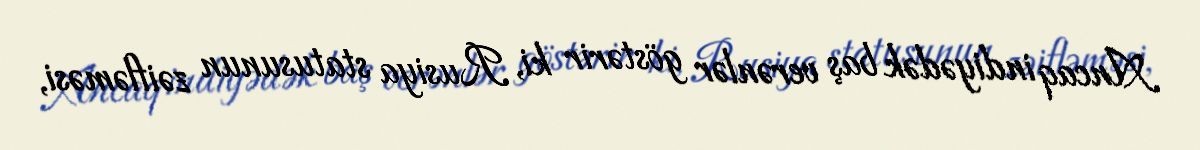
Ancaq indiyədək baş verənlər göstərir ki, Rusiya statusunun zəifləməsi,